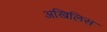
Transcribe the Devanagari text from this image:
अखिलिस